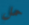
حمل